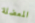
المعضلة